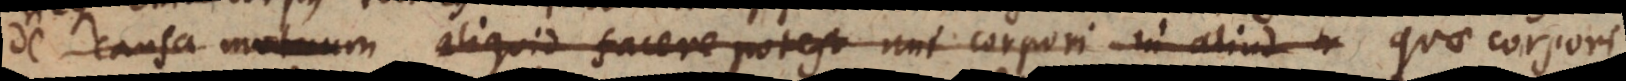
de causa motuum aliquid facere potest uni corpori in aliud quae corpo